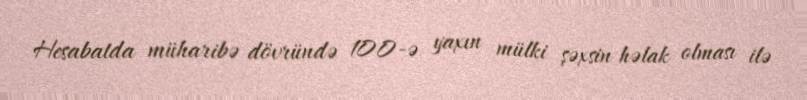
Hesabatda müharibə dövründə 100-ə yaxın mülki şəxsin həlak olması ilə